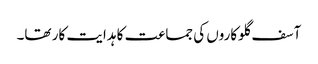
آسف گلوکاروں کی جماعت کا ہدایت کار تھا۔